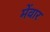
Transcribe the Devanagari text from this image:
मेंवार